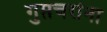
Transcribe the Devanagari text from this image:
गुप्तचरांना